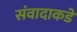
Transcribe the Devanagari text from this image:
संवादाकडे